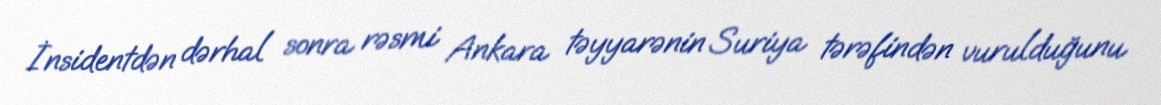
İnsidentdən dərhal sonra rəsmi Ankara təyyarənin Suriya tərəfindən vurulduğunu